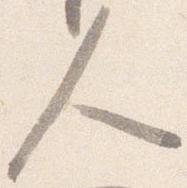
人